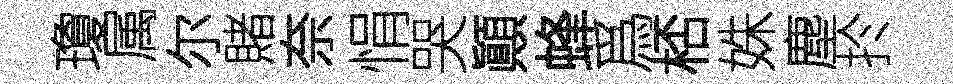
瓊属尔賭奈悁哭顚蜂爲桮姝塵扵